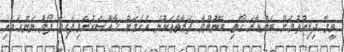
ވީމާ ދިރިއުޅުމަށް ބަންޑާރަ ގޯތި ބޭނުންވާ ފަރާތްތަކުން އެކަމަށް ޚާއްޞަކުރެވިފައިވާ ފޯމު ނަންގަވައި